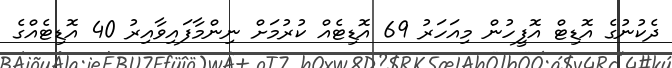
ދެކުނުގެ އޮޑިޓް އޮފީހުން މިއަހަރު 69 އޮޑިޓެއް ކުރުމަށް ނިންމާފައިވާއިރު 40 އޮޑިޓެއްގެ